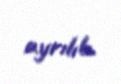
ayrılıb.